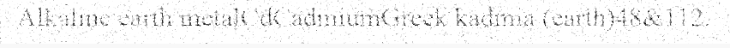
Alkaline earth metalCdCadmiumGreek kadmia (earth)48&112.